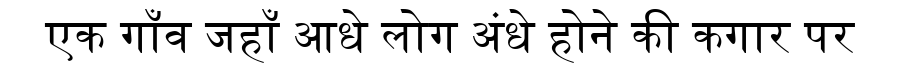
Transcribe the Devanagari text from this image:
एक गाँव जहाँ आधे लोग अंधे होने की कगार पर